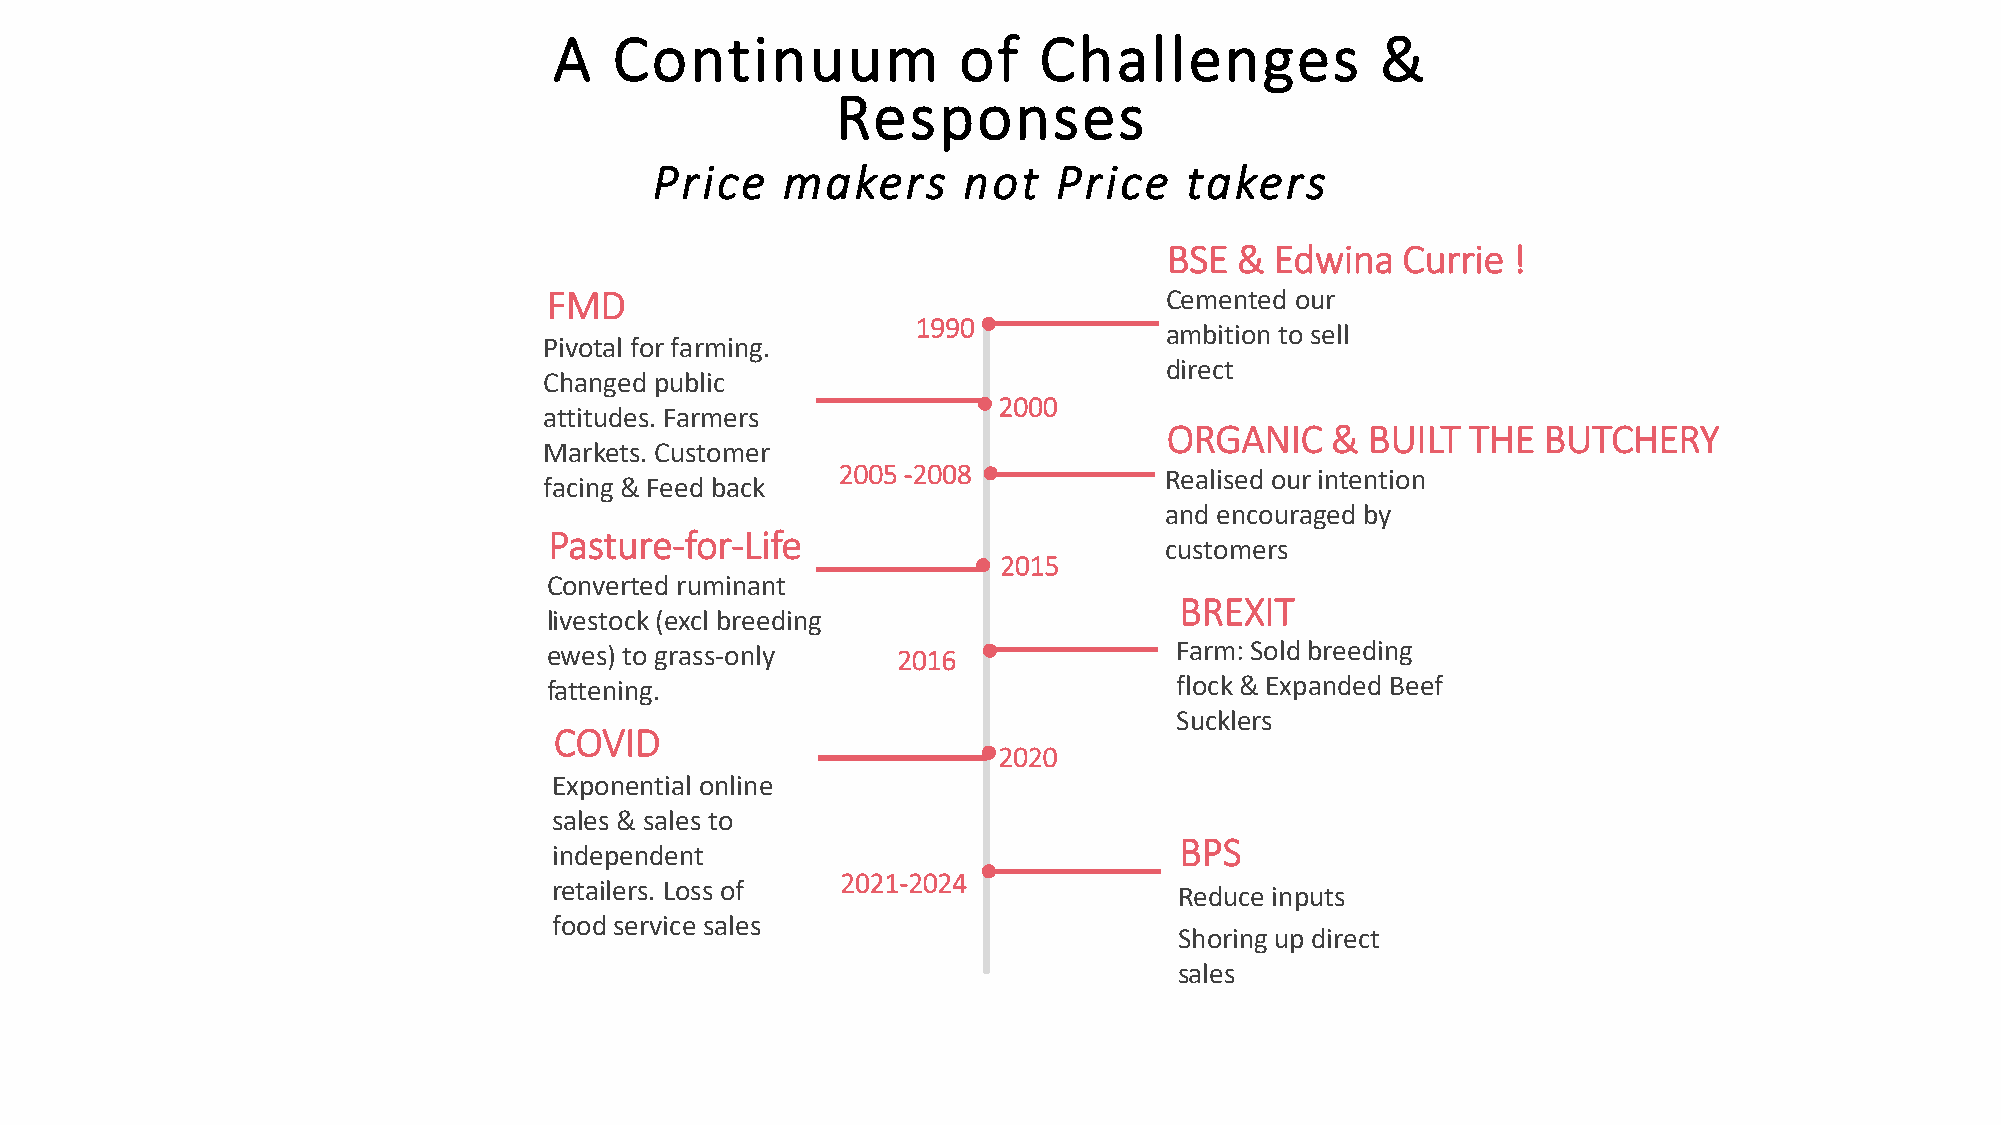
A   Continuum             of    Challenges            &
 Responses
 Price    makers      not   Price    takers
 BSE  & Edwina   Currie !
 FMD                                      Cemented our
 1990
 ambition to sell
 Pivotal for farming.
 direct
 Changed public
 2000
 attitudes. Farmers
 ORGANIC    &  BUILT THE  BUTCHERY
 Markets. Customer
 2005 -2008           Realised our intention
 facing & Feed back
 and encouraged by
 Pasture-for-Life
 customers
 2015
 Converted ruminant
 BREXIT
 livestock (excl breeding
 ewes) to grass-only    2016               Farm: Sold breeding
 fattening.                                flock & Expanded Beef
 Sucklers
 COVID
 2020
 Exponential online
 sales & sales to
 BPS
 independent
 2021-2024
 retailers. Loss of
 Reduce inputs
 food service sales
 Shoring up direct
 sales